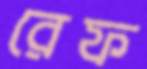
রেফ